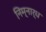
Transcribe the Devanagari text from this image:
निम्नार्ध